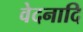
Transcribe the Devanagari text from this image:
वेदनादि